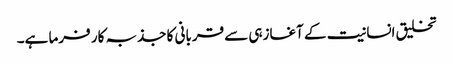
تخلیق انسانیت کے آغازہی سے قربانی کا جذبہ کار فرما ہے۔